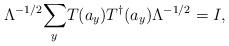
LaTeX: \begin{align*}\Lambda ^{-1/2}\underset{y}{\sum }T(a_{y})T^{\dagger }(a_{y})\Lambda^{-1/2}=I,\end{align*}